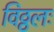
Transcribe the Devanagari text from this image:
विठ्ठलः